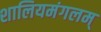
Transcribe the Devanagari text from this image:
शालियमंगलम्‌